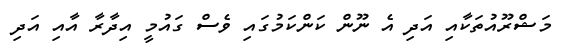
މަޝްރޫއުތަކާއި އަދި އެ ނޫން ކަންކަމުގައި ވެސް ގައުމީ އިދާރާ އާއި އަދި